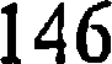
146